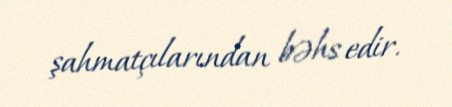
şahmatçılarından bəhs edir.